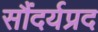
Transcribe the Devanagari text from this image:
सौंदर्यप्रद